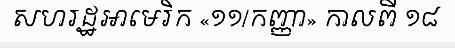
សហរដ្ឋអាមេរិក «១១/កញ្ញា» កាលពី ១៨